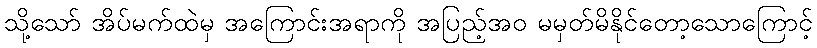
သို့သော် အိပ်မက်ထဲမှ အကြောင်းအရာကို အပြည့်အဝ မမှတ်မိနိုင်တော့သောကြောင့်